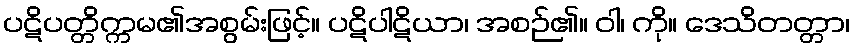
ပဋိပတ္တိက္ကမ၏အစွမ်းဖြင့်။ ပဋိပါဋိယာ၊ အစဉ်၏။ ဝါ၊ ကို။ ဒေသိတတ္တာ၊